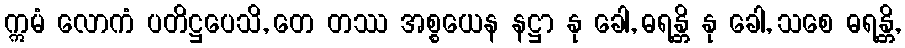
ဣမံ လောကံ ပတိဋ္ဌပေသိ, တေ တဿ အစ္စယေန နဋ္ဌာ နု ခေါ, ဓရန္တိ နု ခေါ, သစေ ဓရန္တိ,